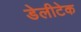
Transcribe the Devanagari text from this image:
डेलीटेक